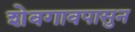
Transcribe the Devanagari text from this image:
शेवगावपासुन